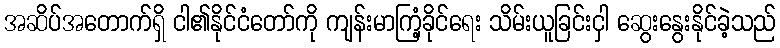
အဆိပ်အတောက်ရှိ ငါ၏နိုင်ငံတော်ကို ကျန်းမာကြံ့ခိုင်ရေး သိမ်းယူခြင်းငှါ ဆွေးနွေးနိုင်ခဲ့သည်